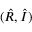
( \hat { R } , \hat { I } )